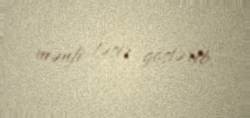
mənfi təsir göstərib.